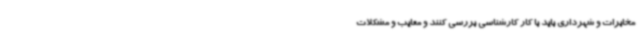
مخابرات و شهرداری باید با کار کارشناسی بررسی کنند و معایب و مشکلات